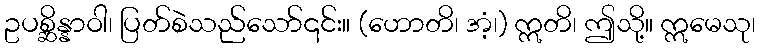
ဥပစ္ဆိန္နာဝါ၊ ပြတ်စဲသည်သော်၎င်း။ (ဟောတိ၊ အံ့၊) ဣတိ၊ ဤသို့။ ဣမေသု၊